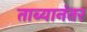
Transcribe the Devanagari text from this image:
ताब्यानंतर